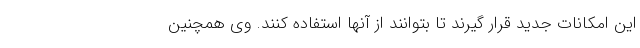
این امکانات جدید قرار گیرند تا بتوانند از آنها استفاده کنند. وی همچنین